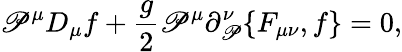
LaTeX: \mathscr{P}^{\mu}D_{\mu}f+{\frac{{g}}{{2}}}\mathscr{P}^{\mu}\partial_{\mathscr{P}}^{\nu}\{ F_{\mu\nu},f\} =0,